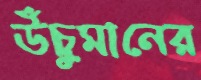
উঁচুমানের